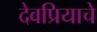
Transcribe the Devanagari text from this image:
देवप्रियाचे